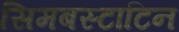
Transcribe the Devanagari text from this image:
सिमबस्टाटिन